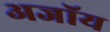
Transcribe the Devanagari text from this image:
अजॉय